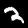
Label: 2